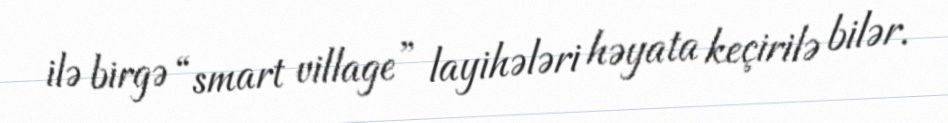
ilə birgə “smart village” layihələri həyata keçirilə bilər.